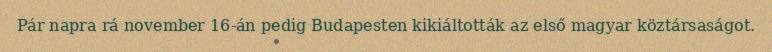
Pár napra rá november 16-án pedig Budapesten kikiáltották az első magyar köztársaságot.